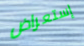
إستعراض